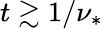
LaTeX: t\gtrsim 1/\nu_{*}